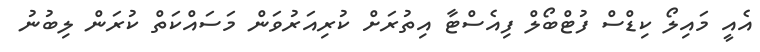
އެއީ މައިލޯ ކިޑްސް ފުޓްބޯލް ފިއެސްޓާ އިތުރަށް ކުރިއަރުވަން މަސައްކަތް ކުރަން ލިބުނު